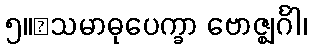
၅။	သမာဓုပေက္ခာ ဗောဇ္ဈင်္ဂါ၊